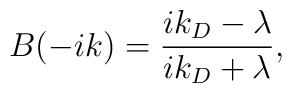
B(-ik)=\frac{ik_{D}-\lambda}{ik_{D}+\lambda},